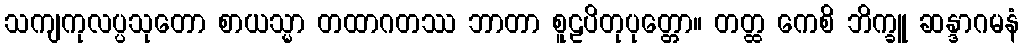
သကျကုလပ္ပသုတော စာယသ္မာ တထာဂတဿ ဘာတာ စူဠပိတုပုတ္တော။ တတ္ထ ကေစိ ဘိက္ခူ ဆန္ဒာဂမနံ